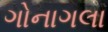
ગોનાગલા